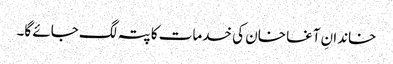
خاندانِ آغا خان کی خدمات کا پتہ لگ جائے گا۔